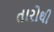
તારોથી